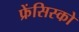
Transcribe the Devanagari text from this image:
फ्रेंसिस्‍को